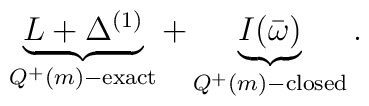
\underbrace{L+\Delta^{(1)}}_{Q^+(m)-{\rm exact}}+\underbrace{I(\bar\omega)}_{Q^+(m)-{\rm closed}}.